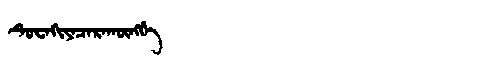
Manchu: ᡨᡠᠸᠠᡴᡳᠶᠠᠴᠠᡵᠠᡴᡡᠩᡤᡝ
Romanization: TUWAKIYACARAKŪNGGE